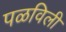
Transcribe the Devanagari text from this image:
पळविली